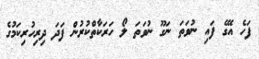
ފަހެ އޭގެ ފައި ނުވަތަ ނަގޫ ނުވަތަ ލޯ ހަރަކާތްކުރުން ފަދަ ދިރިހުރިކަމުގެ